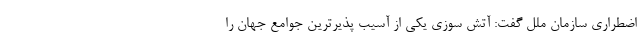
اضطراری سازمان ملل گفت: آتش سوزی یکی از آسیب پذیرترین جوامع جهان را